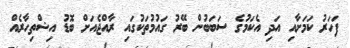
ފަހަރު ކަމަށާއި އަދި އެކަމުގެ ސަބަބުން ބޭރު ގައުމުތަކުގައި ރާއްޖެއަށް ބޮޑު އިޝްތިހާރެއް